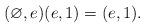
LaTeX: \begin{align*}(\varnothing, e)(e, 1) = (e, 1).\end{align*}